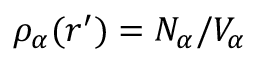
\rho _ { \alpha } ( \boldsymbol { r } ^ { \prime } ) = N _ { \alpha } / V _ { \alpha }